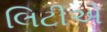
લિટીએ